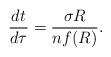
LaTeX: \begin{align*} \frac{dt}{d\tau}= \frac{\sigma R}{nf(R)}.\end{align*}